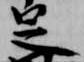
足